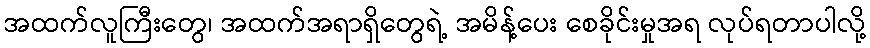
အထက်လူကြီးတွေ၊ အထက်အရာရှိတွေရဲ့ အမိန့်ပေး စေခိုင်းမှုအရ လုပ်ရတာပါလို့